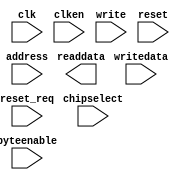
module KBandIPsubPro_onchip_mem_LW (
		input  wire        clk,        //   clk1.clk
		input  wire [12:0] address,    //     s1.address
		input  wire        clken,      //       .clken
		input  wire        chipselect, //       .chipselect
		input  wire        write,      //       .write
		output wire [31:0] readdata,   //       .readdata
		input  wire [31:0] writedata,  //       .writedata
		input  wire [3:0]  byteenable, //       .byteenable
		input  wire        reset,      // reset1.reset
		input  wire        reset_req   //       .reset_req
	);
endmodule